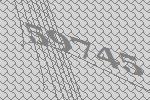
59745